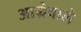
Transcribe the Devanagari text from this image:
आग्रेवाले